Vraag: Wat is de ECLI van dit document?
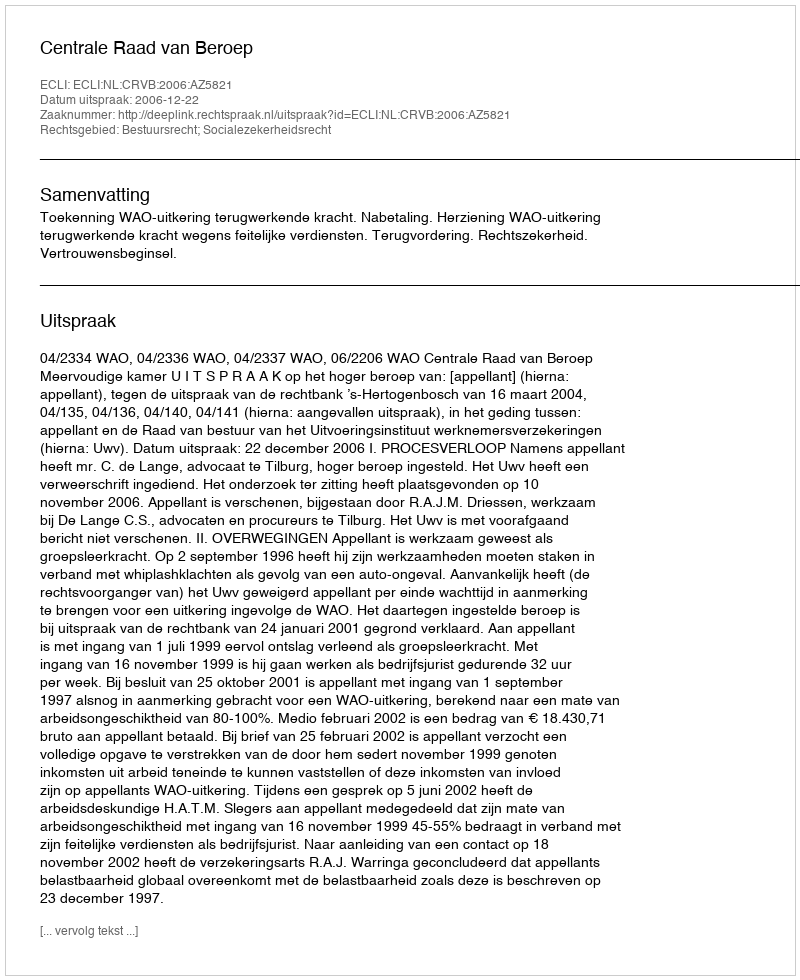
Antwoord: ECLI:NL:CRVB:2006:AZ5821